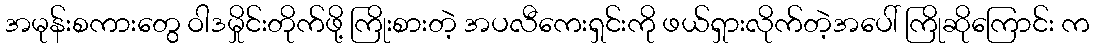
အမုန်းစကားတွေ ဝါဒမှိုင်းတိုက်ဖို့ ကြိုးစားတဲ့ အပလီကေးရှင်းကို ဖယ်ရှားလိုက်တဲ့အပေါ် ကြိုဆိုကြောင်း က